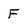
Character: F